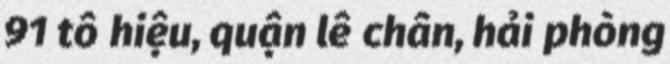
91 tô hiệu, quận lê chân, hải phòng